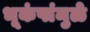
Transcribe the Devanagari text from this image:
भूकंपांमुळे